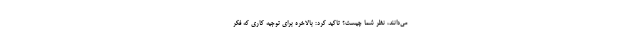
می‌‌دانند، نظر شما چیست؟ تاکید کرد: بالاخره براي توجيه كاري كه فكر